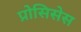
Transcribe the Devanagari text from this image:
प्रोसिसेस